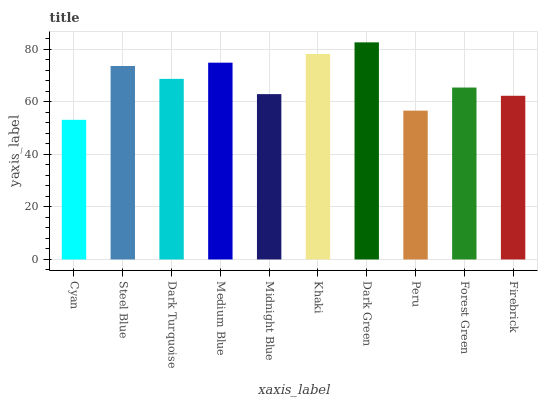
| xaxis_label | bars |
 | --- | --- |
 | Cyan | 53.1 |
 | Steel Blue | 73.5 |
 | Dark Turquoise | 68.7 |
 | Medium Blue | 74.8 |
 | Midnight Blue | 62.9 |
 | Khaki | 78.1 |
 | Dark Green | 82.5 |
 | Peru | 56.6 |
 | Forest Green | 65.4 |
 | Firebrick | 62.2 |